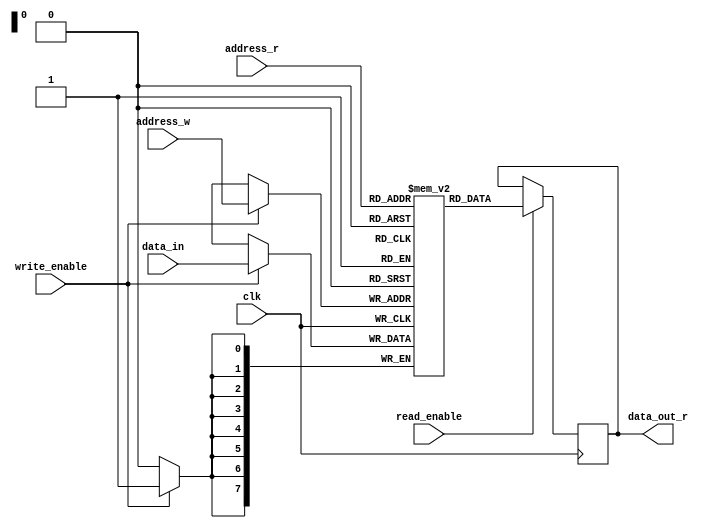
module dual_port_ram (
    input wire clk,
    input wire [7:0] address_r,
    input wire [7:0] address_w,
    input wire [7:0] data_in,
    output reg [7:0] data_out_r,
    input wire read_enable,
    input wire write_enable
);

reg [7:0] memory [0:255];

always @(posedge clk) begin
    if(read_enable)
        data_out_r <= memory[address_r];
    
    if(write_enable)
        memory[address_w] <= data_in;
end

endmodule